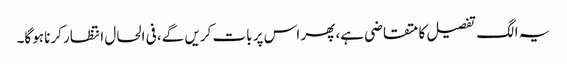
یہ الگ تفصیل کا متقاضی ہے، پھر اس پر بات کریں گے، فی الحال انتظار کرنا ہوگا۔